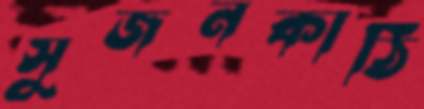
সুজনকাঠি